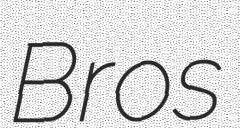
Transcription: Bros